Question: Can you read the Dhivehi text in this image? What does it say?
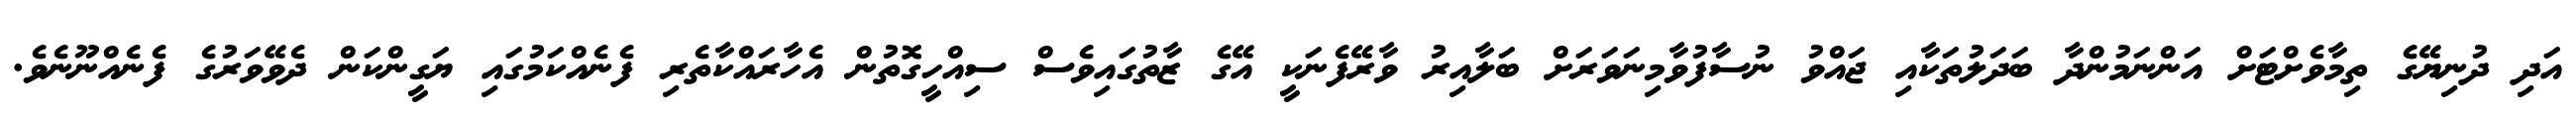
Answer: އަދި ދުނިޔޭގެ ތިމާވެށްޓަށް އަންނަމުންދާ ބަދަލުތަކާއި ޖައްވު ނުސާފުވާމިނަވަރަށް ބަލާއިރު ވާރޭފެނަކީ އޭގެ ޒާތުގައިވެސް ސިއްހީގޮތުން އެހާރައްކާތެރި ފެނެއްކަމުގައި ޔަގީންކަން ދެވޭވަރުގެ ފެނެއްނޫނެވެ.